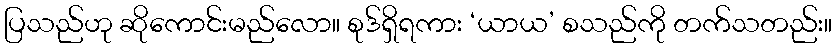
ပြသည်ဟု ဆိုကောင်းမည်လော။ စုဒ်ရှိရကား ‘ယာယ’ စသည်ကို တက်သတည်း။